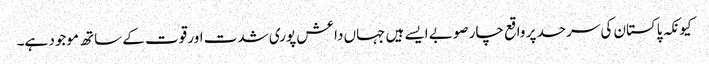
کیونکہ پاکستان کی سرحد پر واقع چار صوبے ایسے ہیں جہاں داعش پوری شدت اور قوت کے ساتھ موجود ہے۔